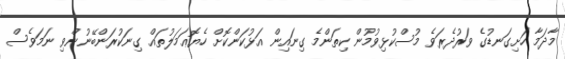
މާދަމާ ހަށިގަނޑުގެ ވަރުދެރަވެ މުސްކުޅިވުމުން ކިތަންމެ ގިނައިން އަޅުކަންކޮށް ހެޔޮޢަމަލުތައް ގިނަކުރަންބޭނުންވި ނަމަވެސް